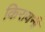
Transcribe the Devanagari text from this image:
किरावनी